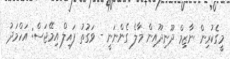
މީގެކުރިން ނާޒިމް ދޫނިދޫއިން މާލެ ގެންނަނީ - ވަގުތު ފައިލް އިމޭޖަސް: އަހްމަދު